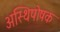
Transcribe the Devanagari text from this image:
अस्थिपोषक